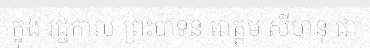
ក្នុង រជ្ជកាល ព្រះបាទន រោត្តម សីហនុ ជា